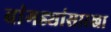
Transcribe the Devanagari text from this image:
बांगड्यांसारखा